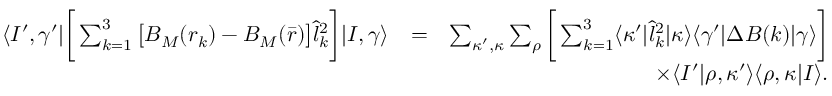
\begin{array} { r l r } { \langle I ^ { \prime } , \gamma ^ { \prime } | \bigg [ \sum _ { k = 1 } ^ { 3 } \big [ B _ { M } ( r _ { k } ) - B _ { M } ( \bar { r } ) \big ] \hat { l } _ { k } ^ { 2 } \bigg ] | I , \gamma \rangle } & { = } & { \sum _ { \kappa ^ { \prime } , \kappa } \sum _ { \rho } \bigg [ \sum _ { k = 1 } ^ { 3 } \langle \kappa ^ { \prime } | \hat { l } _ { k } ^ { 2 } | \kappa \rangle \langle \gamma ^ { \prime } | \Delta B ( k ) | \gamma \rangle \bigg ] } \\ & { } & { \qquad \qquad \qquad \qquad \times \langle I ^ { \prime } | \rho , \kappa ^ { \prime } \rangle \langle \rho , \kappa | I \rangle . } \end{array}